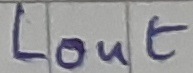
Text: LOUT